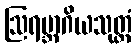
ဩရမ္ဘာဂိယသုတ္တံ